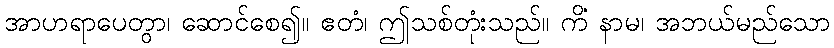
အာဟရာပေတွာ၊ ဆောင်စေ၍။ ဧတံ၊ ဤသစ်တုံးသည်။ ကိံ နာမ၊ အဘယ်မည်သော